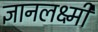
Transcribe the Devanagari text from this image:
ज्ञानलक्ष्मी